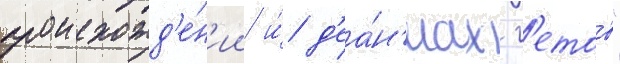
происхожд'е́н'ии и́ д'еа́н'иах г'етов"